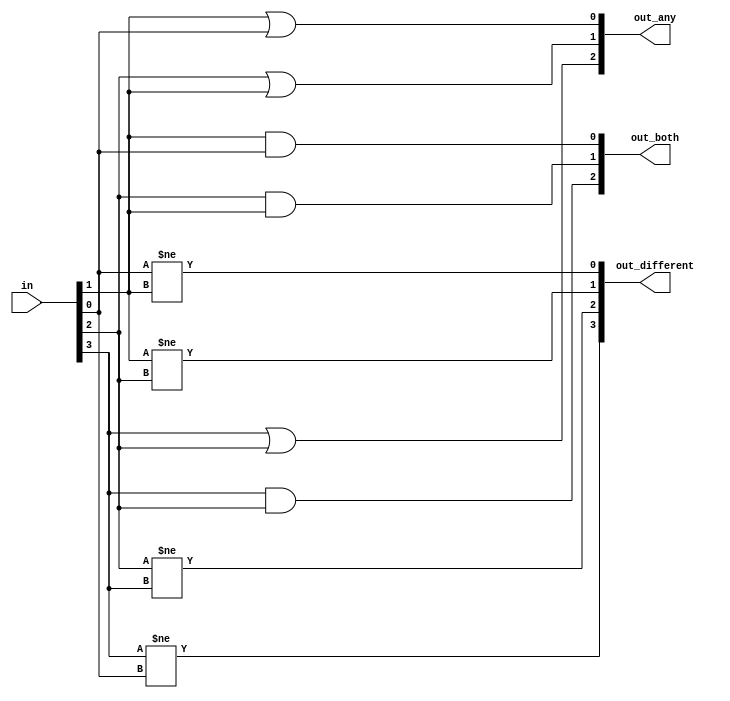
//
//
// https://hdlbits.01xz.net/wiki/Gatesv
//
//

`default_nettype none

module top_module (
    input   [3:0]   in,
    output  [2:0]   out_both,
    output  [3:1]   out_any,
    output  [3:0]   out_different
);

    assign out_both      = {in[3] & in[2], in[2] & in[1], in[1] & in[0]};
    assign out_any       = {in[3] | in[2], in[2] | in[1], in[1] | in[0]};
    assign out_different = {(in[3] != in[0]), (in[2] != in[3]), (in[1] != in[2]), (in[0] != in[1])};

endmodule